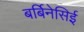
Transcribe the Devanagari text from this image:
बर्बिनेसिई